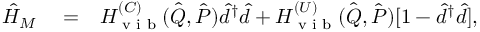
\begin{array} { r l r } { \hat { H } _ { M } } & { { } = } & { H _ { \textrm { v i b } } ^ { ( C ) } ( \hat { \boldsymbol { Q } } , \hat { \boldsymbol { P } } ) \hat { d } ^ { \dagger } \hat { d } + H _ { \textrm { v i b } } ^ { ( U ) } ( \hat { \boldsymbol { Q } } , \hat { \boldsymbol { P } } ) [ 1 - \hat { d } ^ { \dagger } \hat { d } ] , } \end{array}